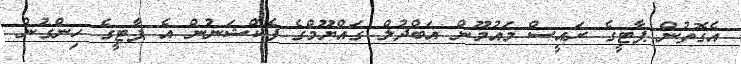
އެގޮތުން ޕާޓީގެ ރައީސް މައުމޫން އަބްދުލް ގައްޔޫމްގެ ފެކްޝަނުން އެ ޕާޓީގެ ހިންގުން